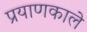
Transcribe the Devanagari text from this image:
प्रयाणकाले